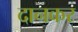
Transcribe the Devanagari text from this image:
दानकर